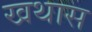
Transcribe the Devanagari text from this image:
खथास